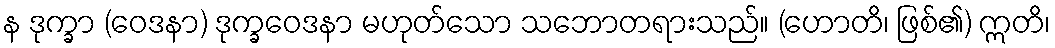
န ဒုက္ခာ (ဝေဒနာ) ဒုက္ခဝေဒနာ မဟုတ်သော သဘောတရားသည်။ (ဟောတိ၊ ဖြစ်၏) ဣတိ၊